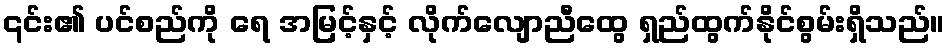
၎င်း၏ ပင်စည်ကို ရေ အမြင့်နှင့် လိုက်လျောညီထွေ ရှည်ထွက်နိုင်စွမ်းရှိသည်။